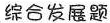
综合发展题